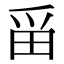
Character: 𪽋